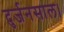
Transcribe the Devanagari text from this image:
दुर्जनसाल।